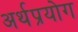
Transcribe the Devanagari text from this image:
अर्थप्रयोग